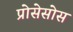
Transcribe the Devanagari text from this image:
प्रोसेसोस